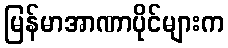
မြန်မာအာဏာပိုင်များက